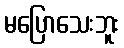
မပြောသေးဘူး